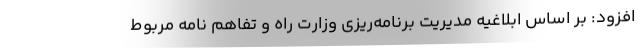
افزود: بر اساس ابلاغیه مدیریت برنامه‌ریزی وزارت راه و تفاهم نامه مربوط